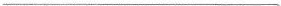
___